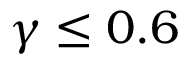
\gamma \leq 0 . 6